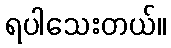
ရပါသေးတယ်။